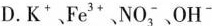
D.K^{+}、Fe^{3+}、N0_{3}^{-}、OH^{-}